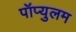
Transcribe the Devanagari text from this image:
पॉप्युलम